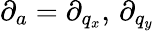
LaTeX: \partial_{a}=\partial_{q_{x}},\, \partial_{q_{y}}